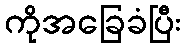
ကိုအခြေခံပြီး